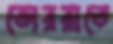
ভোররাতে